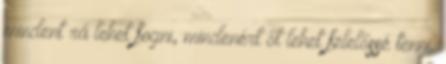
mindent rá lehet fogni, mindenért őt lehet felelőssé tenni.